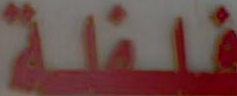
فلفلة